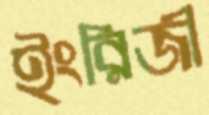
ইংরিজী